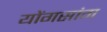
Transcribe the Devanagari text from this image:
योंगसांग